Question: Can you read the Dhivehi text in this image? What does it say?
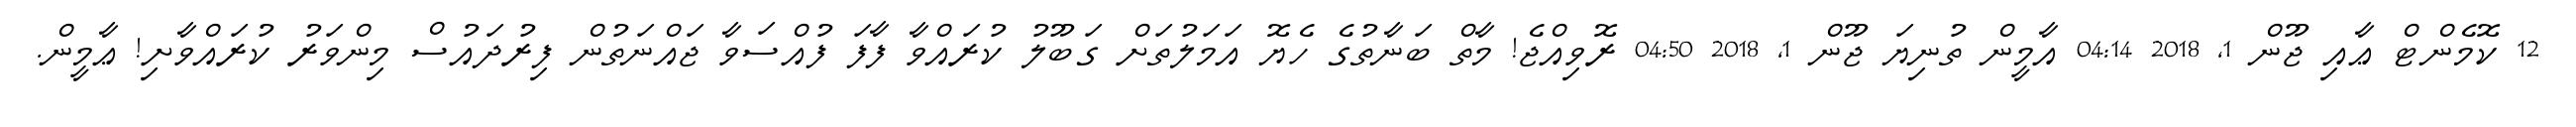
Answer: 12 ކޮމެންޓް ޢާއި ޖޫން 1, 2018 04:14 އާމީން ތުނިޔަ ޖޫން 1, 2018 04:50 ރޮވިއްޖެ! މާތް ބަނާތުގެ ހެޔޮ އަމަލުތަށް ގަބޫލު ކުރައްވާ ފާފަ ފުއްސަވާ ޖައްނަތުން ފިރުދައުސް މިންވަރު ކުރައްވާށި! ޢާމީން.